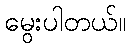
မွေးပါတယ်။